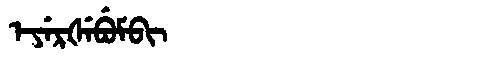
Manchu: ᡝᠶᡝᡵᡧᡝᠪᡠᠮᠪᡳ
Romanization: EYERŠEBUMBI